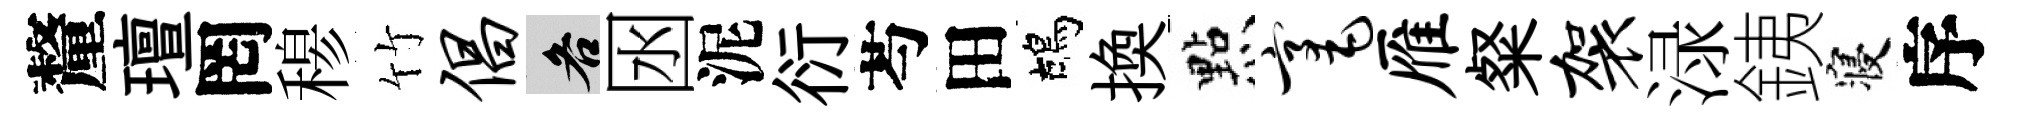
釐璮罔𥠇竹倡各囦泥衍芍田鴣換㸃毫雁粲袈渌銕寝序